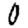
Digit: 0